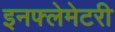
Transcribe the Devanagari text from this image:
इनफ्लेमेटरी